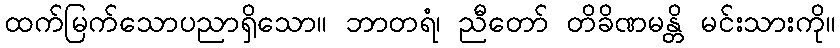
ထက်မြက်သောပညာရှိသော။ ဘာတရံ၊ ညီတော် တိခိဏမန္တိ မင်းသားကို။